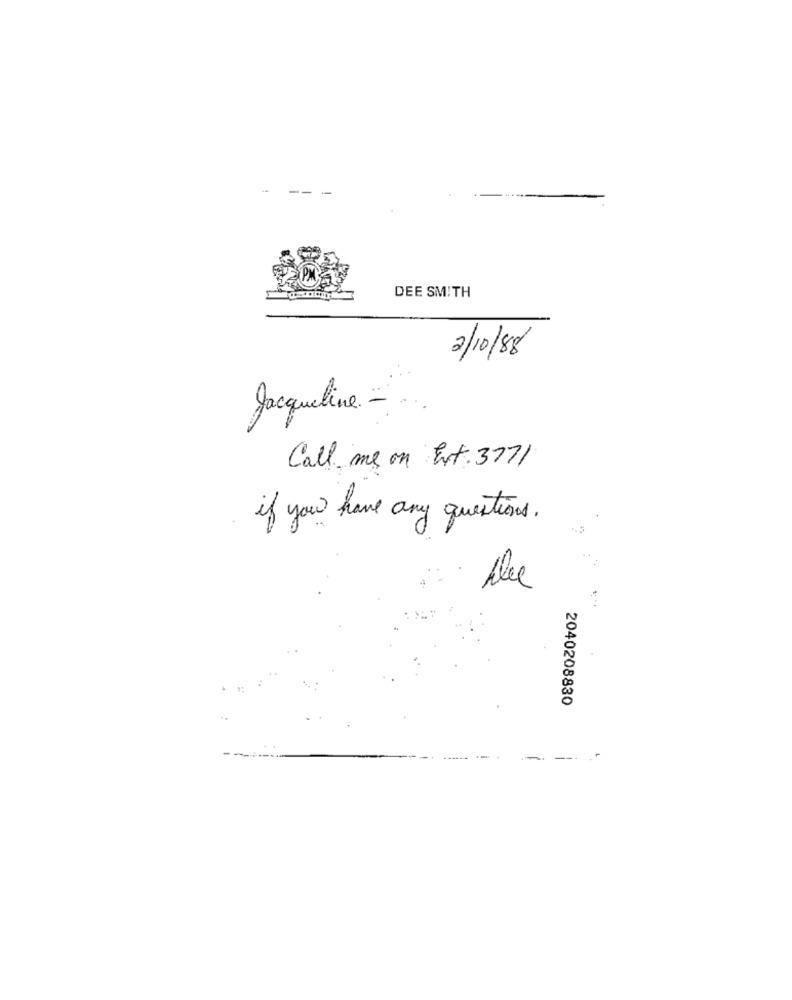
DEE SMITH
2/10/88
Jacqueline -
Call me on Ext. 3771
if you have any questions.
Alec
2040208830